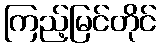
ကြည့်မြင်တိုင်